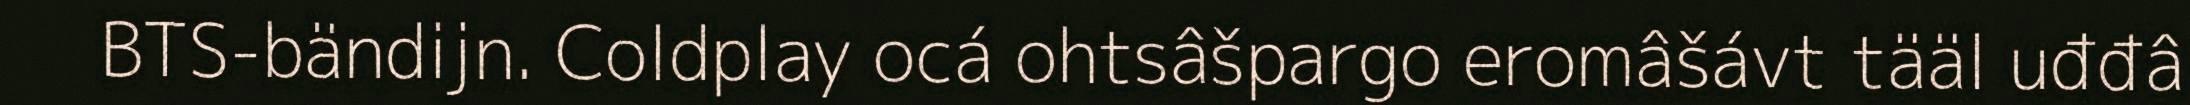
BTS-bändijn. Coldplay ocá ohtsâšpargo eromâšávt tääl uđđâ